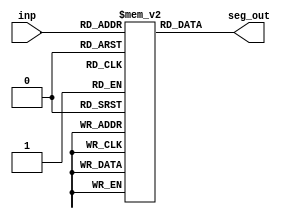
module seven_segment_encoder(
  input [2:0] inp,
  output [6:0] seg_out
);
  reg [6:0] seg_patterns [7:0];
  
  integer i;
  initial begin
    for (i = 0; i <= 8; i = i + 1) begin
      case (i)
        0: seg_patterns[i] = 7'b1111110; // 0
        1: seg_patterns[i] = 7'b0110000; // 1
        2: seg_patterns[i] = 7'b1101101; // 2
        3: seg_patterns[i] = 7'b1111001; // 3
        default: seg_patterns[i] = 7'b1001111; // E for digits 4 to 9
      endcase
    end
  end
   
  assign seg_out = seg_patterns[inp];
  
endmodule